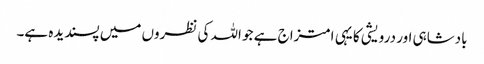
بادشاہی اور درویشی کا یہی امتزاج ہے جو اللہ کی نظروں میں پسندیدہ ہے۔